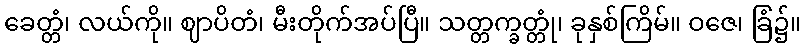
ခေတ္တံ၊ လယ်ကို။ ဈာပိတံ၊ မီးတိုက်အပ်ပြီ။ သတ္တက္ခတ္တုံ၊ ခုနှစ်ကြိမ်။ ဝဇေ၊ ခြံ၌။